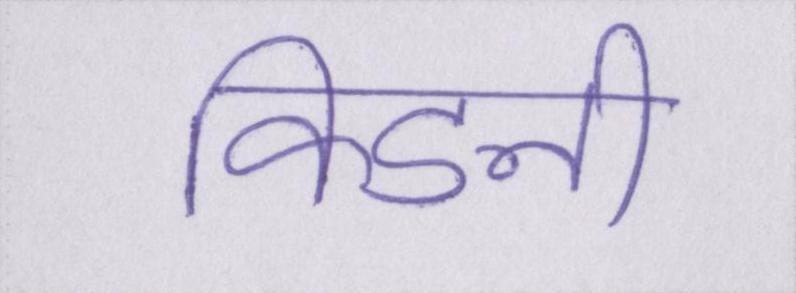
किडनी